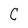
Character: C